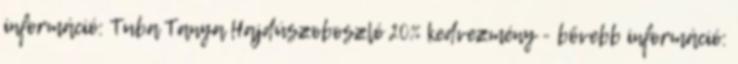
információ: Tuba Tanya Hajdúszoboszló 20% kedvezmény - bővebb információ: